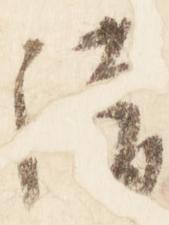
清